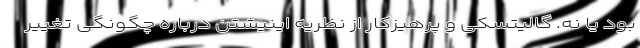
بود یا نه. گالیتسکی و پرهیزکار از نظریه اینیشتن درباره چگونگی تغییر